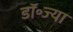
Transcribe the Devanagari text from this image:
डॉ॰ज्या